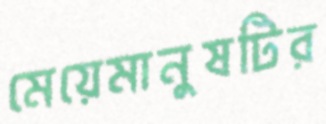
মেয়েমানুষটির